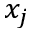
x _ { j }